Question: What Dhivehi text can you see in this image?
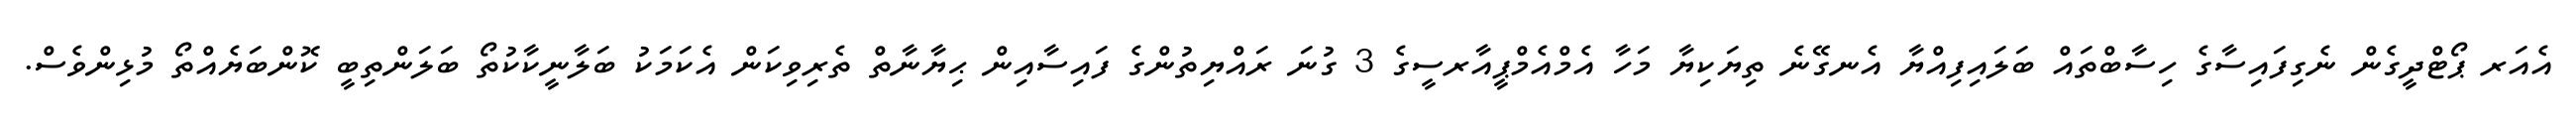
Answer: އެއަރ ޕޯޓްދީގެން ނެގިފައިސާގެ ހިސާބްތައް ބަލައިފިއްޔާ އެނގޭނެ ތިޔަކިޔާ މަހާ އެމްއެމްޕީއާރސީގެ 3 ގުނަ ރައްޔިތުންގެ ފައިސާއިން ޙިޔާނާތް ތެރިވިކަން އެކަމަކު ބަލާނީކާކުތޯ ބަލަންތިބީ ކޮންބަޔެއްތޯ މުޅިންވެސް.